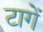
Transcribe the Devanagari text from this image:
टागें